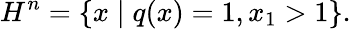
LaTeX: H^{n}=\{ x\mid q(x)=1,x_{1}>1\} .